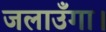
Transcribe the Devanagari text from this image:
जलाउँगा।